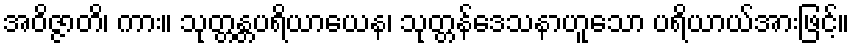
အဝိဇ္ဇာတိ၊ ကား။ သုတ္တန္တပရိယာယေန၊ သုတ္တန်ဒေသနာဟူသော ပရိယာယ်အားဖြင့်။